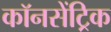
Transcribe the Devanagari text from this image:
कॉनसेंट्रिक